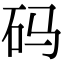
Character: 码